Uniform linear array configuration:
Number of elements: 12
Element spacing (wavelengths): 0.25
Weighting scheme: cosine
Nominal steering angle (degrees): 0
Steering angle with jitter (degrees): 0.7222
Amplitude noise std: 0.05
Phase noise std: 0.05

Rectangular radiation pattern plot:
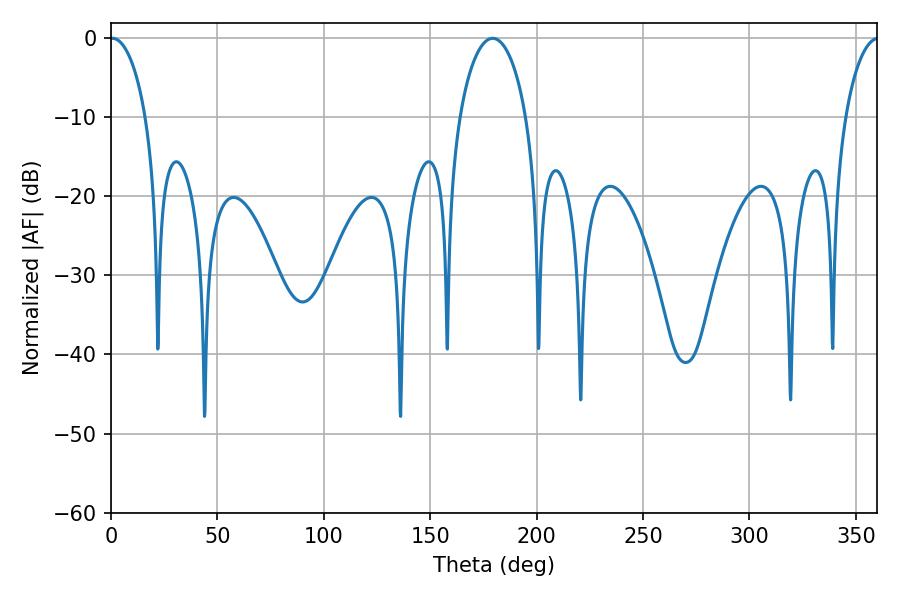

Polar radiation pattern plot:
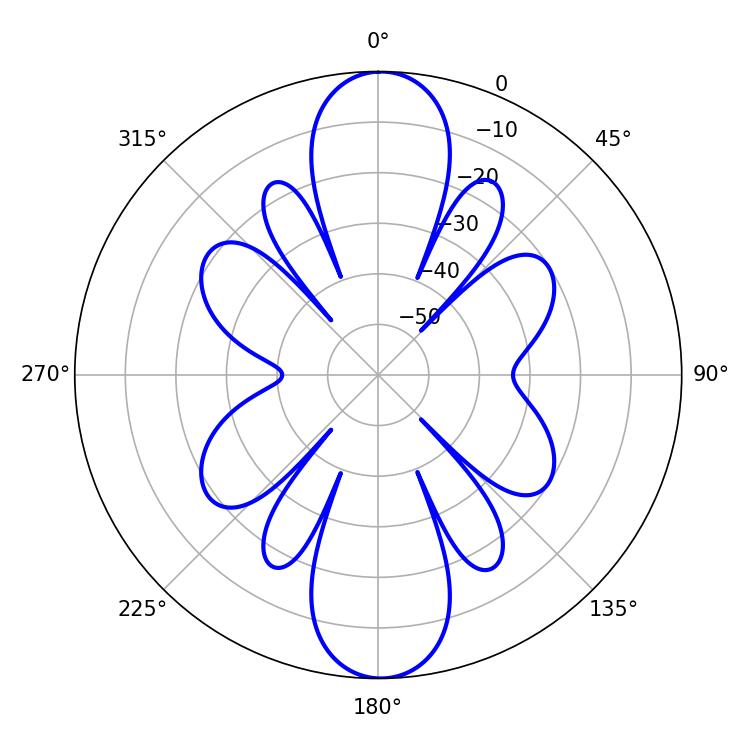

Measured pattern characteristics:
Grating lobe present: FALSE
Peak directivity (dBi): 24.312
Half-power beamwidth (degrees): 9.54
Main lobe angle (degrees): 0.72